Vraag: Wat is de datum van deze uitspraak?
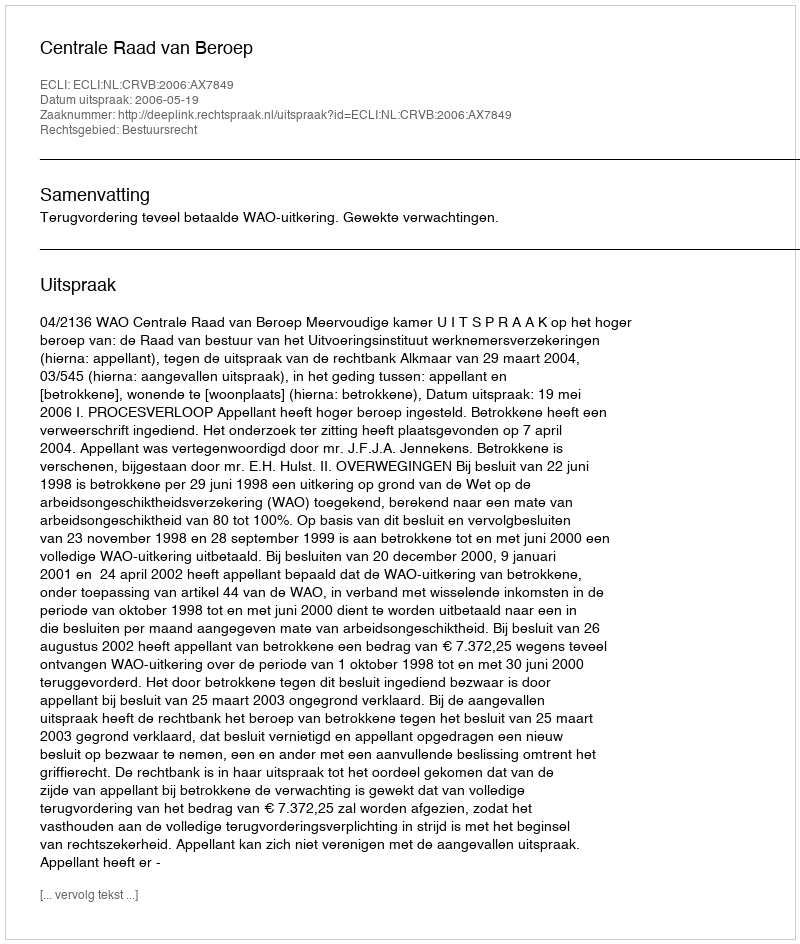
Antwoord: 2006-05-19